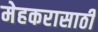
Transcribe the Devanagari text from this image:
मेहकरासाठी